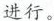
进行。